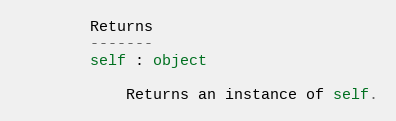
Language: Python
        Returns
        -------
        self : object

            Returns an instance of self.